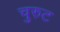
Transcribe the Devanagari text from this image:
चुरुट